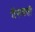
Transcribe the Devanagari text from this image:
गॅसबत्ती